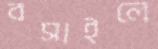
বসাইলে